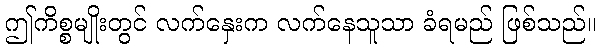
ဤကိစ္စမျိုးတွင် လက်နှေးက လက်နေသူသာ ခံရမည် ဖြစ်သည်။